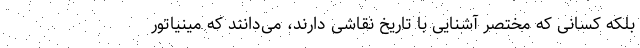
بلکه کسانی که مختصر آشنایی با تاریخ نقاشی دارند، می‌دانند که مینیاتور